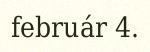
február 4.